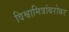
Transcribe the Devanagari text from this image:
विश्वामित्रांबरोबर